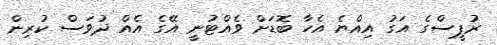
ރުޕީސްގެ އަގު އިއްޔެ އެހާ ބޮޑަށް ވެއްޓުނީ އޭގެ އެއް ދުވަސް ކުރިން